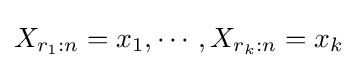
X_{r_{1}:n}=x_{1},\cdots ,X_{r_{k}:n}=x_{k}